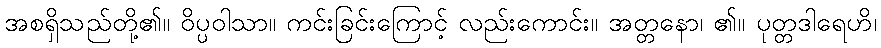
အစရှိသည်တို့၏။ ဝိပ္ပဝါသာ။ ကင်းခြင်းကြောင့် လည်းကောင်း။ အတ္တနော၊ ၏။ ပုတ္တဒါရေဟိ၊